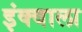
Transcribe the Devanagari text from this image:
इंक्वाला